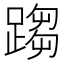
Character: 𨃘